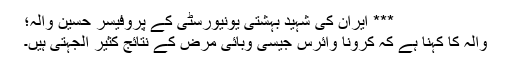
*** ایران کی شہید بہشتی یونیورسٹی کے پروفیسر حسین والہ؛
والہ کا کہنا ہے کہ کرونا وائرس جیسی وبائی مرض کے نتائج کثیر الجہتی ہیں۔